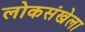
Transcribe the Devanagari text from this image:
लोकसंखेला